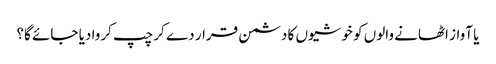
یا آواز اٹھانے والوں کو خوشیوں کا دشمن قرار دے کر چپ کروا دیا جائے گا؟